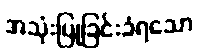
အသုံးပြုခြင်းခံရသော